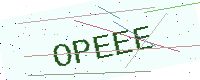
Text: OPEEE